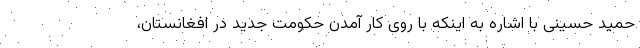
حمید حسینی با اشاره به اینکه با روی کار آمدن حکومت جدید در افغانستان،